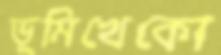
ভূমিখেকো